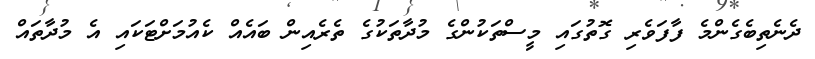
ދެނެތިބެގެންމެ ފާފަވެރި ގޮތުގައި މީސްތަކުންގެ މުދާތަކުގެ ތެރެއިން ބައެއް ކެއުމަށްޓަކައި އެ މުދާތައް